Vaccination in Bombay 1924-1928 - 1924-1928
Year: 1924
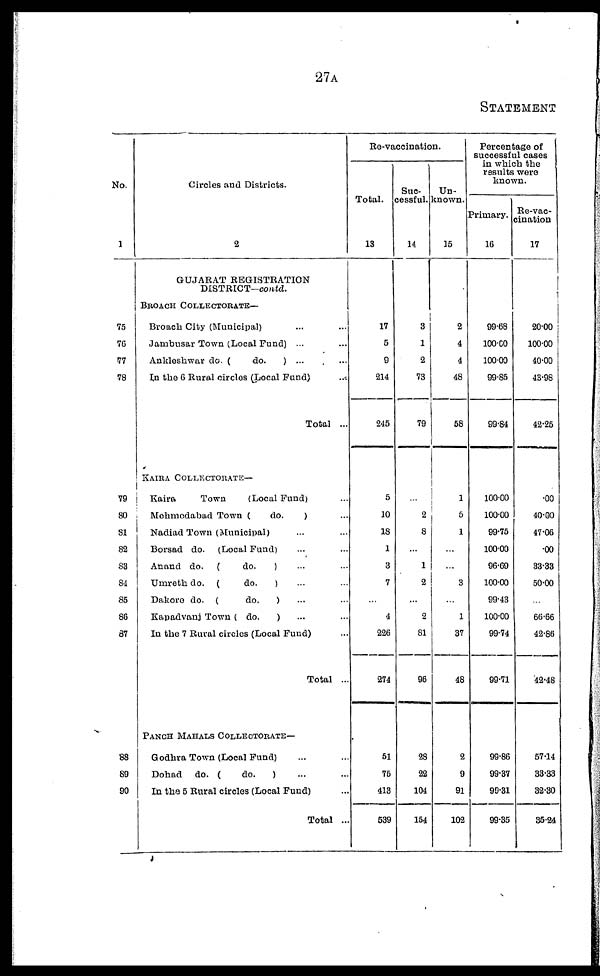
27A
STATEMENT
No.
1
75
76
77
78
79
80
81
82
83
84
85
86
87
88
89
90
Circles and Districts.
2
GUJARAT REGISTRATION
DISTRICT—contd.
BROACH COLLECTORATE—
Broach City (Municipal) ... ...
Jambusar Town (Local Fund) ... ...
Ankleshwar do. (
do.
) ... ...
In the 6 Rural circles (Local Fund) ...
Total ...
KAIRA COLLECTORATE—
Kaira
Town
(Local Fund) ...
Mohmodabad Town (
do.
) ...
Nadiad Town (Municipal) ... ...
Borsad do. (Local Fund) ... ...
Anand do. (
do.
) ... ...
Umreth do. (
do.
) ... ...
Dakore do. (
do.
) ... ...
Kapadvanj Town ( do.
) ... ...
In the 7 Rural circles (Local Fund) ...
Total ...
PANCH MAHALS COLLECTORATE—
Godhra Town (Local Fund) ... ...
Dohad do. (
do.
) ... ...
In the 5 Rural circles (Local Fund) ...
Total ...
Re-vaccination.
Total.
13
17
5
9
214
245
5
10
18
1
3
7
...
4
226
274
51
75
413
539
Suc-
cessful.
14
3
1
2
73
79
...
2
8
...
1
2
...
2
81
96
28
22
104
154
Un-
known.
15
2
4
4
48
58
1
5
1
...
...
3
...
1
37
48
2
9
91
102
Percentage of
successful cases
in which the
results were
known.
Primary.
16
99.68
100.00
100.00
99.85
99.84
100.00
100.00
99.75
100.00
96.69
100.00
99.43
100.00
99.74
99.71
99.86
99.37
99.31
99.35
Re-vac-
cination
17
20.00
100.00
40.00
43.98
42.25
.00
40.00
47.06
.00
33.33
50.00
...
66.66
42.86
42.48
57.14
33.33
32.30
35.24